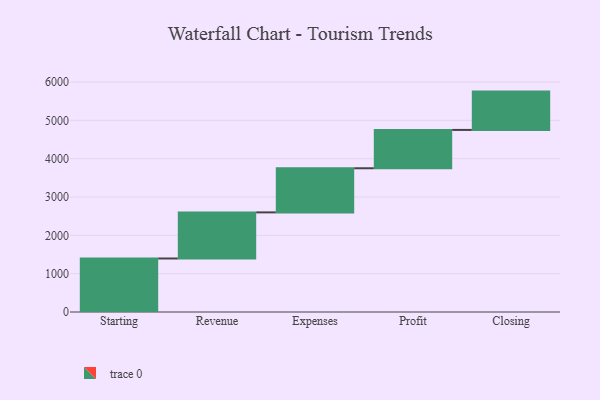
{"axis": {"x": "Step", "y": "Value"}, "legend": [""], "data": [{"x": "Starting", "y": 1396.0, "type": ""}, {"x": "Revenue", "y": 1203.0, "type": ""}, {"x": "Expenses", "y": 1151.0, "type": ""}, {"x": "Profit", "y": 1000, "type": ""}, {"x": "Closing", "y": 1000, "type": ""}]}